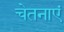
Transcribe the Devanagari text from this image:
चेतनाएं